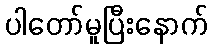
ပါတော်မူပြီးနောက်